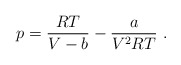
\begin{align*}p={RT \over V-b}-{a \over V^2 RT}\ .\end{align*}